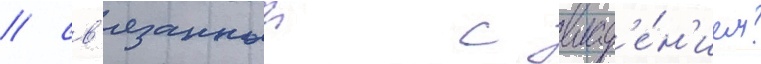
/ св'язанныи с влад'е́н'ием